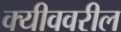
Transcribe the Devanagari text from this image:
क्यीववरील